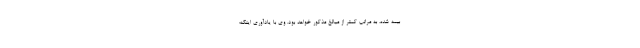
بیمه شده، به مراتب کمتر از مبالغ مذکور خواهد بود. وی با یادآوری اینکه؛